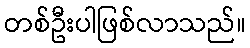
တစ်ဦးပါဖြစ်လာသည်။